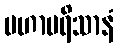
မဟာပရိသာနံ